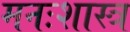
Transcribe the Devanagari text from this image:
मनःशास्त्र